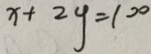
x + 2 y = 1 0 0